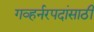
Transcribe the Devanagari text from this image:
गव्हर्नरपदांसाठी